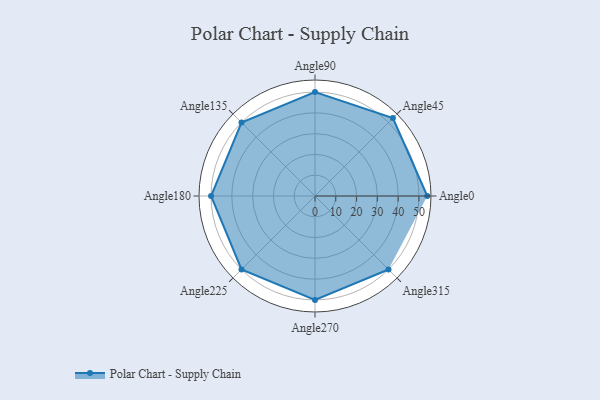
{"axis": {"x": "Angle", "y": "Radius"}, "legend": [""], "data": [{"x": "Angle0", "y": 54.0, "type": ""}, {"x": "Angle45", "y": 53.0, "type": ""}, {"x": "Angle90", "y": 50, "type": ""}, {"x": "Angle135", "y": 50, "type": ""}, {"x": "Angle180", "y": 50, "type": ""}, {"x": "Angle225", "y": 50, "type": ""}, {"x": "Angle270", "y": 50, "type": ""}, {"x": "Angle315", "y": 50, "type": ""}]}